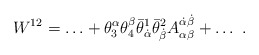
\begin{align*} W^{12} = \ldots + \theta^\alpha_3\theta^\beta_4\bar\theta^1_{\dot\alpha} \bar\theta^2_{\dot\beta}A^{\dot\alpha\dot\beta}_{\alpha\beta} + \ldots\ .\end{align*}